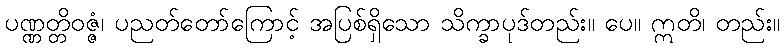
ပဏ္ဏတ္တိဝဇ္ဇံ၊ ပညတ်တော်ကြောင့် အပြစ်ရှိသော သိက္ခာပုဒ်တည်း။ ပေ။ ဣတိ၊ တည်း။